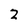
Character: 2